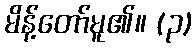
မိန့်တော်မူ၏။ (၃)